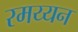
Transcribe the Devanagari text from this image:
रमय्यन